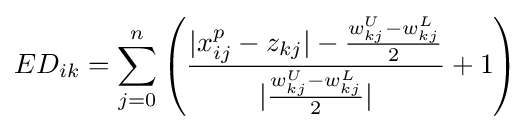
ED_{ik}=\sum \limits _{j=0}^{n}\left({\frac {|x_{ij}^{p}-z_{kj}|-{\frac {w_{kj}^{U}-w_{kj}^{L}}{2}}}{|{\frac {w_{kj}^{U}-w_{kj}^{L}}{2}}|}}+1\right)